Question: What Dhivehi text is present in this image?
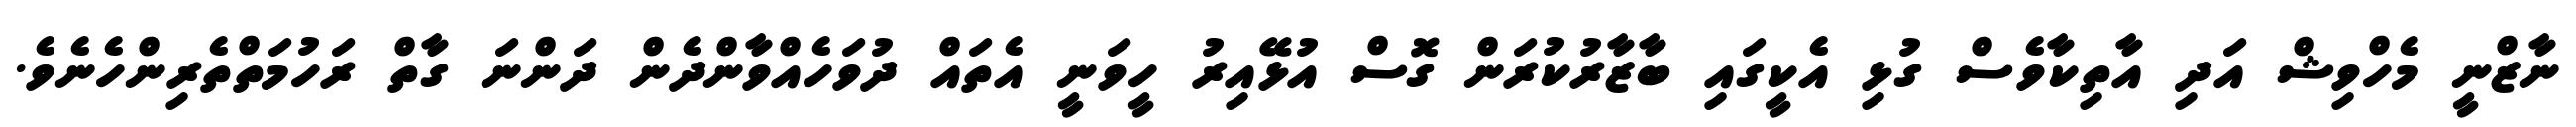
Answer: ނާޒްނީ މެހްވިޝް އަދި އާތިކާވެސް ގުޅި އެކީގައި ބާޒާރުކުރަން ގޮސް އުޅޭއިރު ހީވަނީ އެތައް ދުވަހެއްވާންދެން ދަންނަ ގާތް ރަހުމަތްތެރިންހެނެވެ.